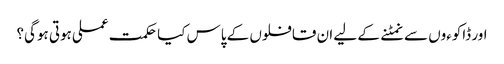
اور ڈاکوءوں سے نمٹنے کے لیے ان قافلوں کے پاس کیا حکمت عملی ہوتی ہوگی؟